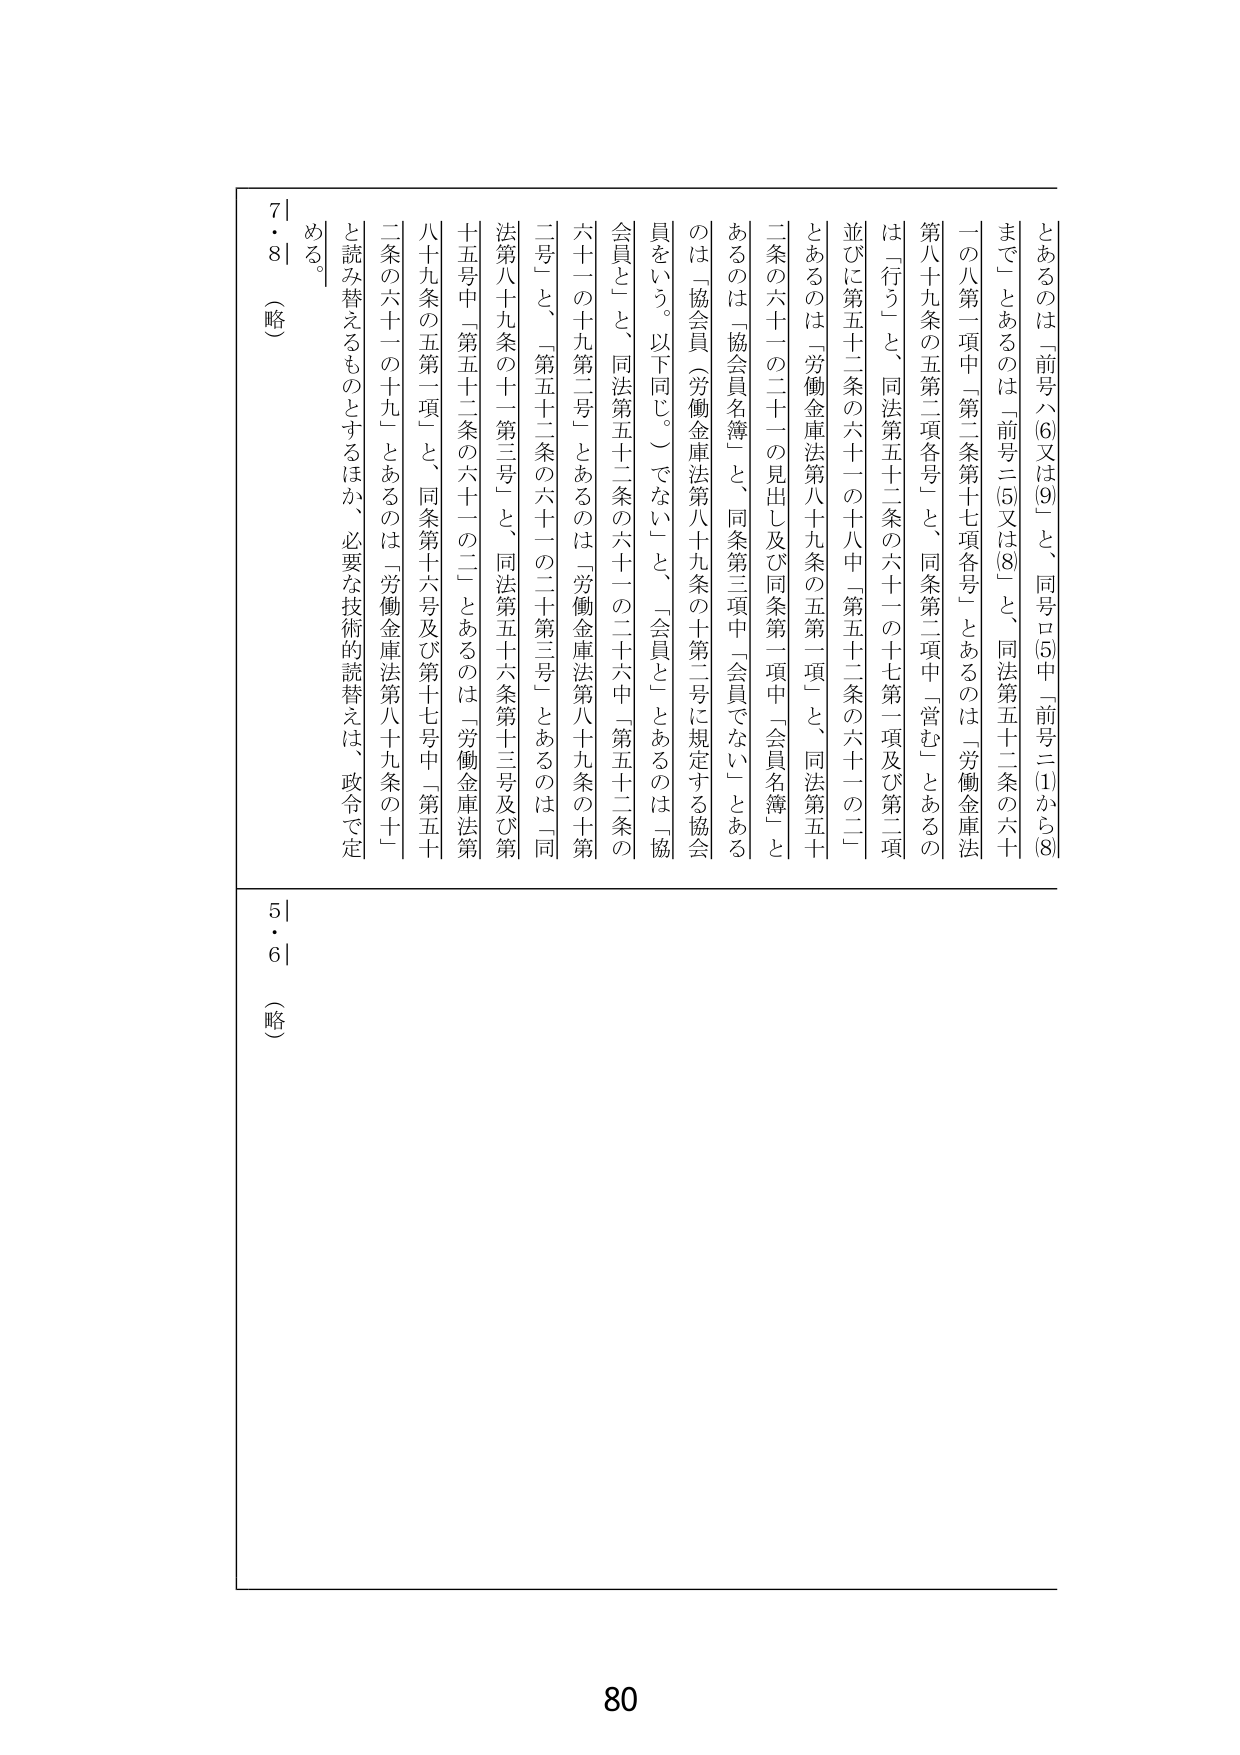
とあるのは「前号ハ(6)又は(9)」と、同号ロ(5)中「前号ニ(1)から(8)まで」とあるのは「前号ニ(5)又は(8)」と、同法第五十二条の六十一の八第一項中「第二条第十七項各号」とあるのは「労働金庫法第八十九条の五第二項各号」と、同条第二項中「営む」とあるのは「行う」と、同法第五十二条の六十一の十七第一項及び第二項並びに第五十二条の六十一の十八中「第五十二条の六十一の二」とあるのは「労働金庫法第八十九条の五第一項」と、同法第五十二条の六十一の二十一の見出し及び同条第一項中「会員名簿」とあるのは「協会員名簿」と、同条第三項中「会員でない」とあるのは「協会員（労働金庫法第八十九条の十第二号に規定する協会員をいう。以下同じ。）でない」と、「会員」とあるのは「協会員」と、同法第五十二条の六十一の二十六中「第五十二条の六十一の十九第二号」とあるのは「労働金庫法第八十九条の十第二号」と、「第五十二条の六十一の二十第三号」とあるのは「同法第八十九条の十一第三号」と、同法第五十六条第十三号及び第十五号中「第五十二条の六十一の二」とあるのは「労働金庫法第八十九条の五第一項」と、同条第十六号及び第十七号中「第五十二条の六十一の十九」とあるのは「労働金庫法第八十九条の十一」と読み替えるものとするほか、必要な技術的読替えは、政令で定める。

7・8
（略）

5・6
（略）

80